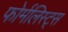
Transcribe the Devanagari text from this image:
फोर्मलिस्ट्स